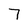
Character: 7